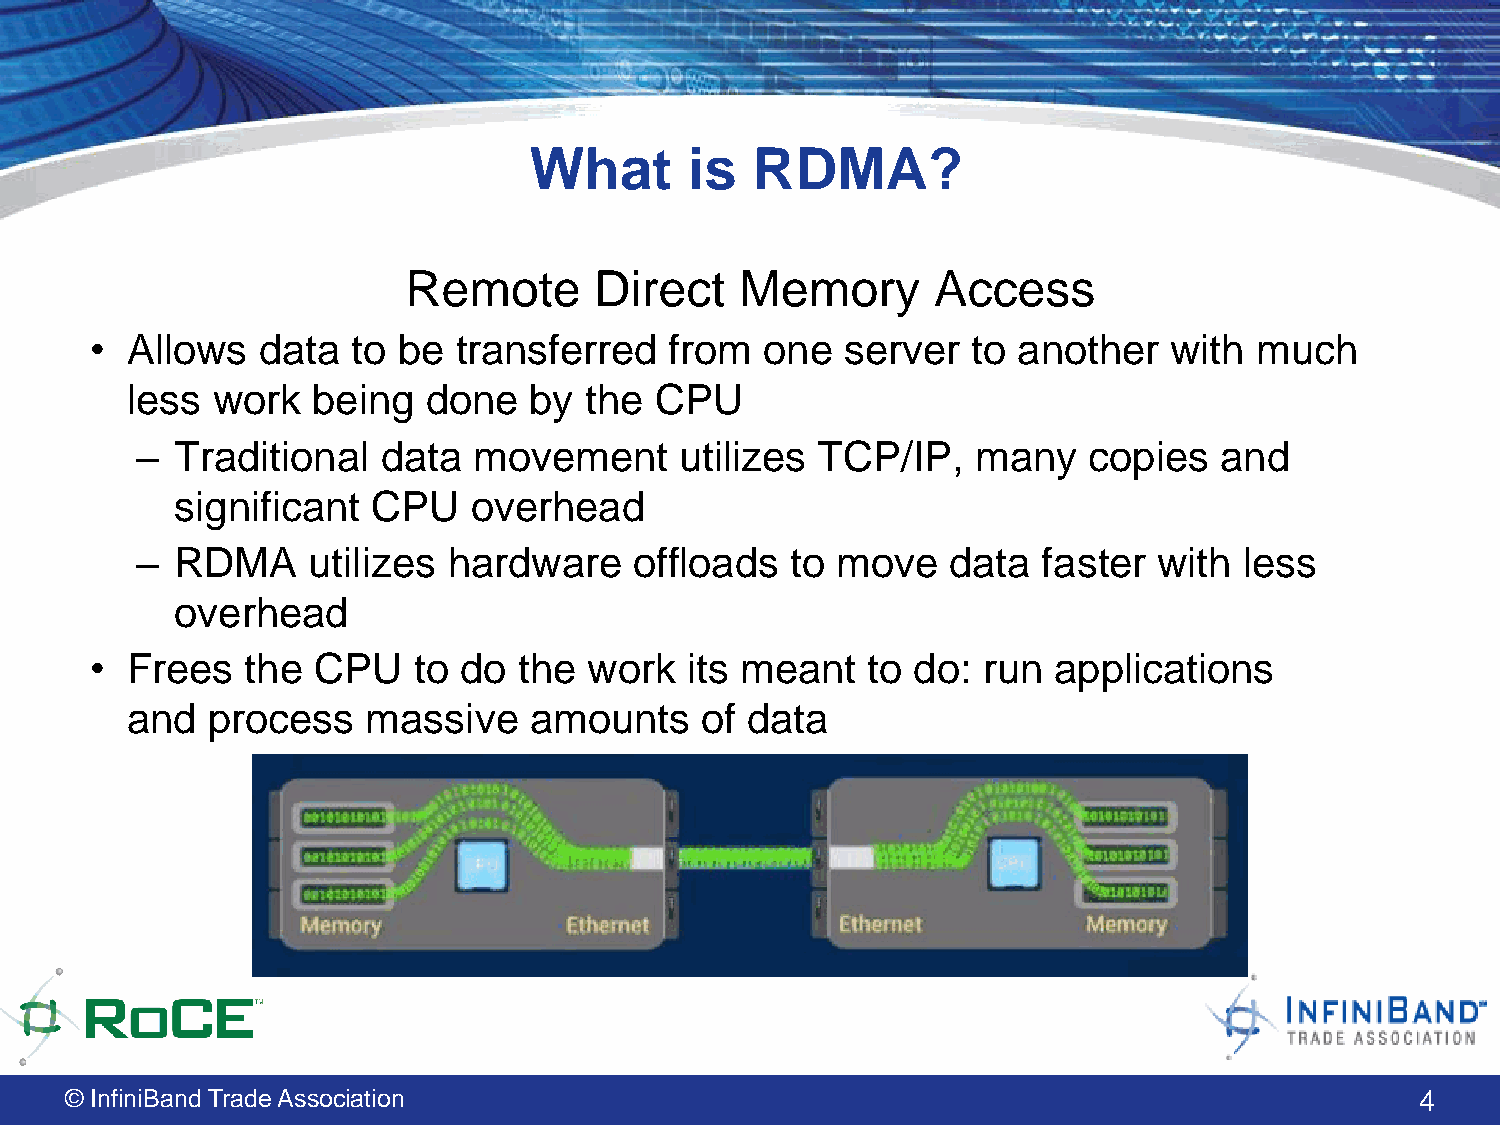
What       is  RDMA?
 Remote      Direct    Memory       Access
 • Allows   data  to be  transferred   from   one  server  to another   with  much
 less  work   being  done   by  the CPU
 –  Traditional  data  movement      utilizes TCP/IP,    many   copies   and
 significant  CPU   overhead
 –  RDMA    utilizes  hardware    offloads  to move    data  faster  with less
 overhead
 • Frees   the  CPU   to do  the  work  its meant   to do:  run  applications
 and   process   massive    amounts    of data
 © InfiniBand Trade Association                                                            4